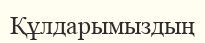
Құлдарымыздың